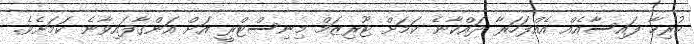
ހުރިހާ ފައިސާއެއް އެއްފަހަރާ ދައްކާނެ ކަމަށް ޓޫރިޒަމް މިނިސްޓްރީ އަށް އަންގާފައިވާނެ ކަމަށެވެ.